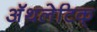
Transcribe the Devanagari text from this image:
अॅथलेटिक्